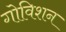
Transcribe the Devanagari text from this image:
गोविशन